Papers set at the Examination for Leaving Certificates, 1895
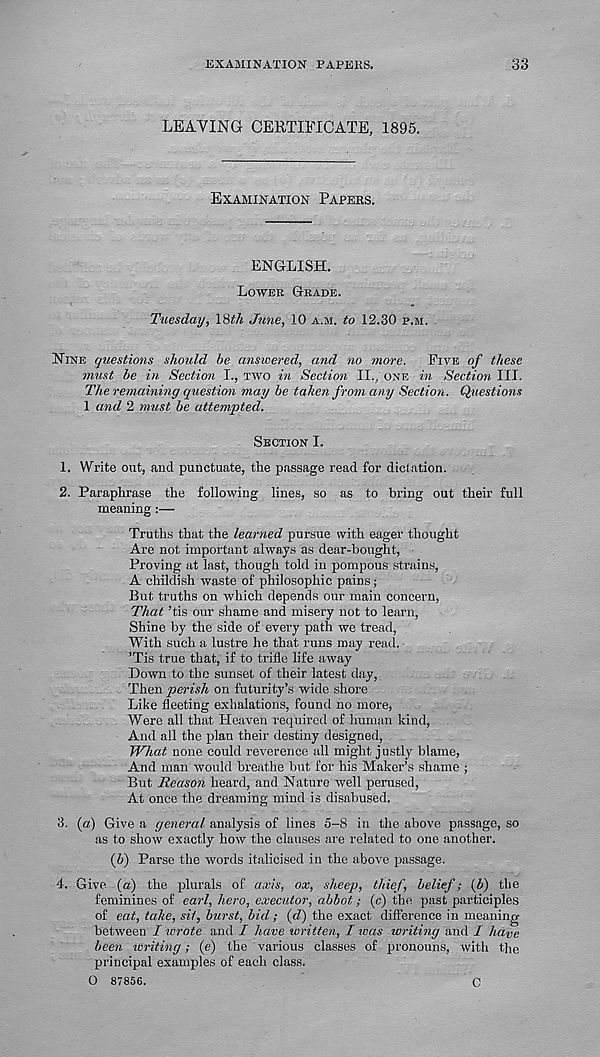
EXAMINATION PAPERS.
33
LEAVING CERTIFICATE, 1895.
Examination Papers.
ENGLISH.
Lower Grade.
Tuesday, 18fA June, 10 a.m. to 12.30 p.m.
Nine questions should be answered, and no more. Five of these
must be in Section L, two in Section II., one in Section III.
The remaining question may be taken from any Section. Questions
1 and 2 must be attempted.
Section I.
1. Write out, and punctuate, the passage read for diciation.
2. Paraphrase the following lines, so as to bring out their full
meaning:—
Truths that the learned pursue with eager thought
Are not important always as dear-bought,
Proving at last, though told in pompous strains,
A childish waste of philosophic pains;
But truths on which depends our main concern,
That ’tis our shame and misery not to learn,
Shine by the side of every path we tread,
With such a lustre he that runs may read,
’Tis true that, if to trifle life away
Down to the sunset of their latest day,
Then perish on futurity’s wide shore
Like fleeting exhalations, found no more,
Were all that Heaven required of human kind,
And all the plan their destiny designed,
What none could reverence all might justly blame,
And man would breathe but for his Maker’s shame ;
But Reason heard, and Nature well perused,
At once the dreaming mind is disabused.
3. (a) Give a general analysis of lines 5-8 in the above passage, so
as to show exactly how the clauses are related to one another.
(5) Parse the words italicised in the above passage.
4. Give (a) the plurals of axis, ox, sheep, thief, belief; (b) the
feminines of earl, hero, executor, abbot; (c) the past participles
of eat, take, sit, burst, bid; (d) the exact difference in meaning
between I wrote and I have written, I was writing and I ha ve
been writing; (e) the various classes of pronouns, with the
principal examples of each class.
0 87856.
c